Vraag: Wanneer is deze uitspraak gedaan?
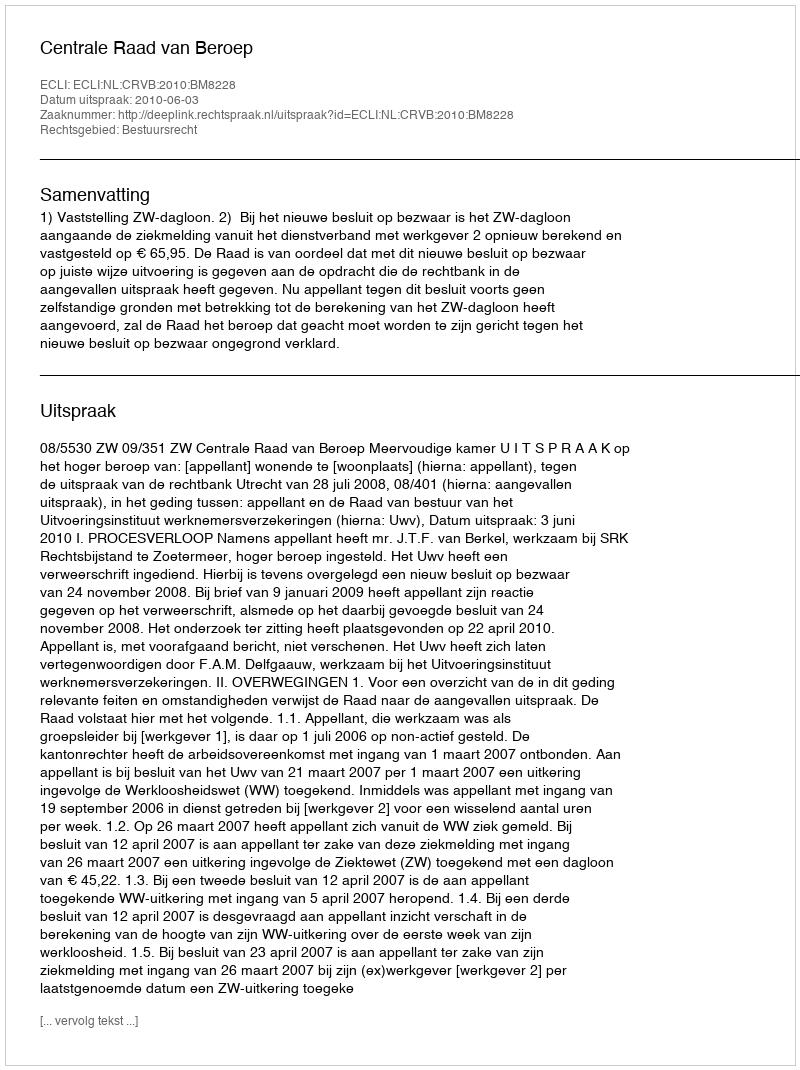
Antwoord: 2010-06-03